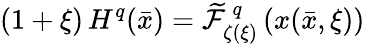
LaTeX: (1+\xi)\, H^{q}(\bar{x})=\widetilde{\cal F}_{\zeta(\xi)}^{\, q}\left(x(\bar{x},\xi)\right)